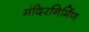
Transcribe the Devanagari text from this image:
मंदिरनिर्मिण